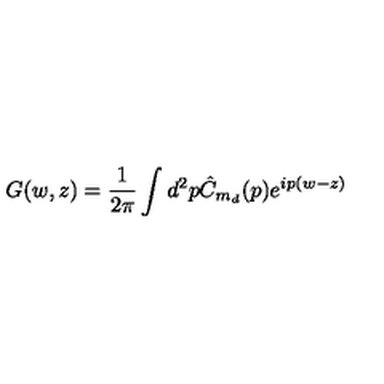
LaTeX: G ( w , z ) = \frac { 1 } { 2 \pi } \int d ^ { 2 } p \hat { C } _ { m _ { d } } ( p ) e ^ { i p ( w - z ) }